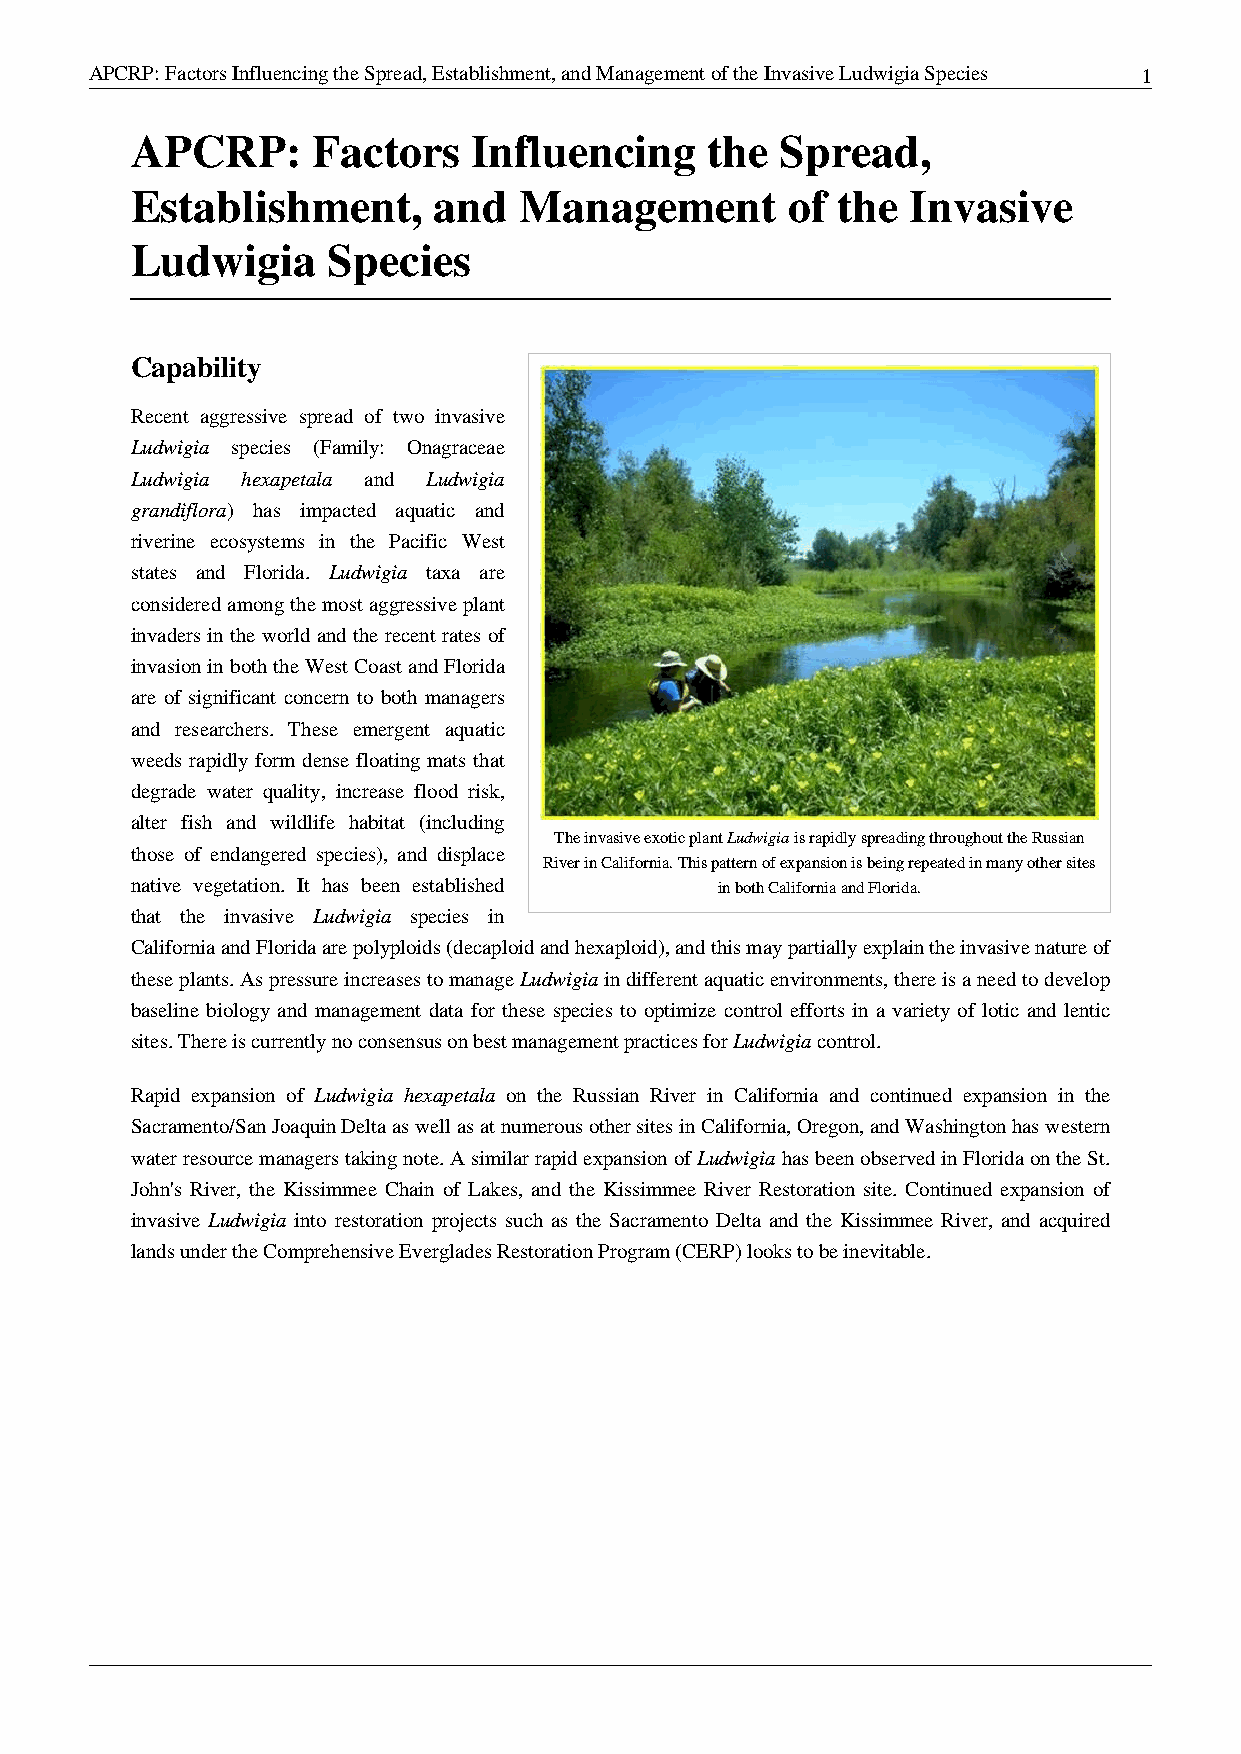
APCRP: Factors Influencing the Spread, Establishment, and Management of the Invasive Ludwigia Species 1
 APCRP:      Factors   Influencing     the  Spread,
 Establishment,      and  Management        of the  Invasive
 Ludwigia     Species
 Capability
 Recent aggressive spread of two invasive
 Ludwigia species (Family: Onagraceae
 Ludwigia hexapetala and Ludwigia
 grandiflora) has impacted aquatic and
 riverine ecosystems in the Pacific West
 states and Florida. Ludwigia taxa are
 considered among the most aggressive plant
 invaders in the world and the recent rates of
 invasion in both the West Coast and Florida
 are of significant concern to both managers
 and researchers. These emergent aquatic
 weeds rapidly form dense floating mats that
 degrade water quality, increase flood risk,
 alter fish and wildlife habitat (including
 The invasive exotic plant Ludwigia is rapidly spreading throughout the Russian
 those of endangered species), and displace
 River in California. This pattern of expansion is being repeated in many other sites
 native vegetation. It has been established in both California and Florida.
 that the invasive Ludwigia species in
 California and Florida are polyploids (decaploid and hexaploid), and this may partially explain the invasive nature of
 these plants. As pressure increases to manage Ludwigia in different aquatic environments, there is a need to develop
 baseline biology and management data for these species to optimize control efforts in a variety of lotic and lentic
 sites. There is currently no consensus on best management practices for Ludwigia control.
 Rapid expansion of Ludwigia hexapetala on the Russian River in California and continued expansion in the
 Sacramento/San Joaquin Delta as well as at numerous other sites in California, Oregon, and Washington has western
 water resource managers taking note. A similar rapid expansion of Ludwigia has been observed in Florida on the St.
 John's River, the Kissimmee Chain of Lakes, and the Kissimmee River Restoration site. Continued expansion of
 invasive Ludwigia into restoration projects such as the Sacramento Delta and the Kissimmee River, and acquired
 lands under the Comprehensive Everglades Restoration Program (CERP) looks to be inevitable.